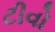
ટીવો